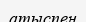
атыспен